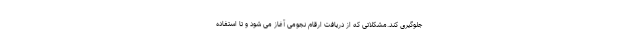
جلوگیری کند.مشکلاتی که از دریافت ارقام نجومی آغاز می شود و تا استفاده